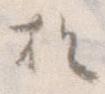
お